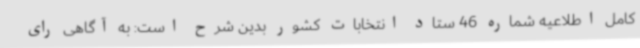
کامل اطلاعیه شماره 46 ستاد انتخابات کشور بدین شرح است: به آگاهی رای